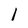
Character: l